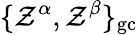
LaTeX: \{ \mathcal{Z}^{\alpha},\mathcal{Z}^{\beta}\} _{\mathrm{{gc}}}